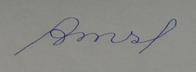
Signature authenticity: forged